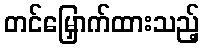
တင်မြှောက်ထားသည့်